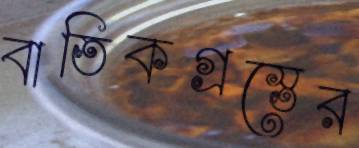
বাতিকগ্রস্তের